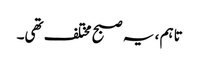
تاہم ، یہ صبح مختلف تھی۔